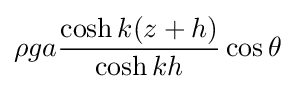
\rho ga{\frac {\cosh k(z+h)}{\cosh kh}}\cos \theta